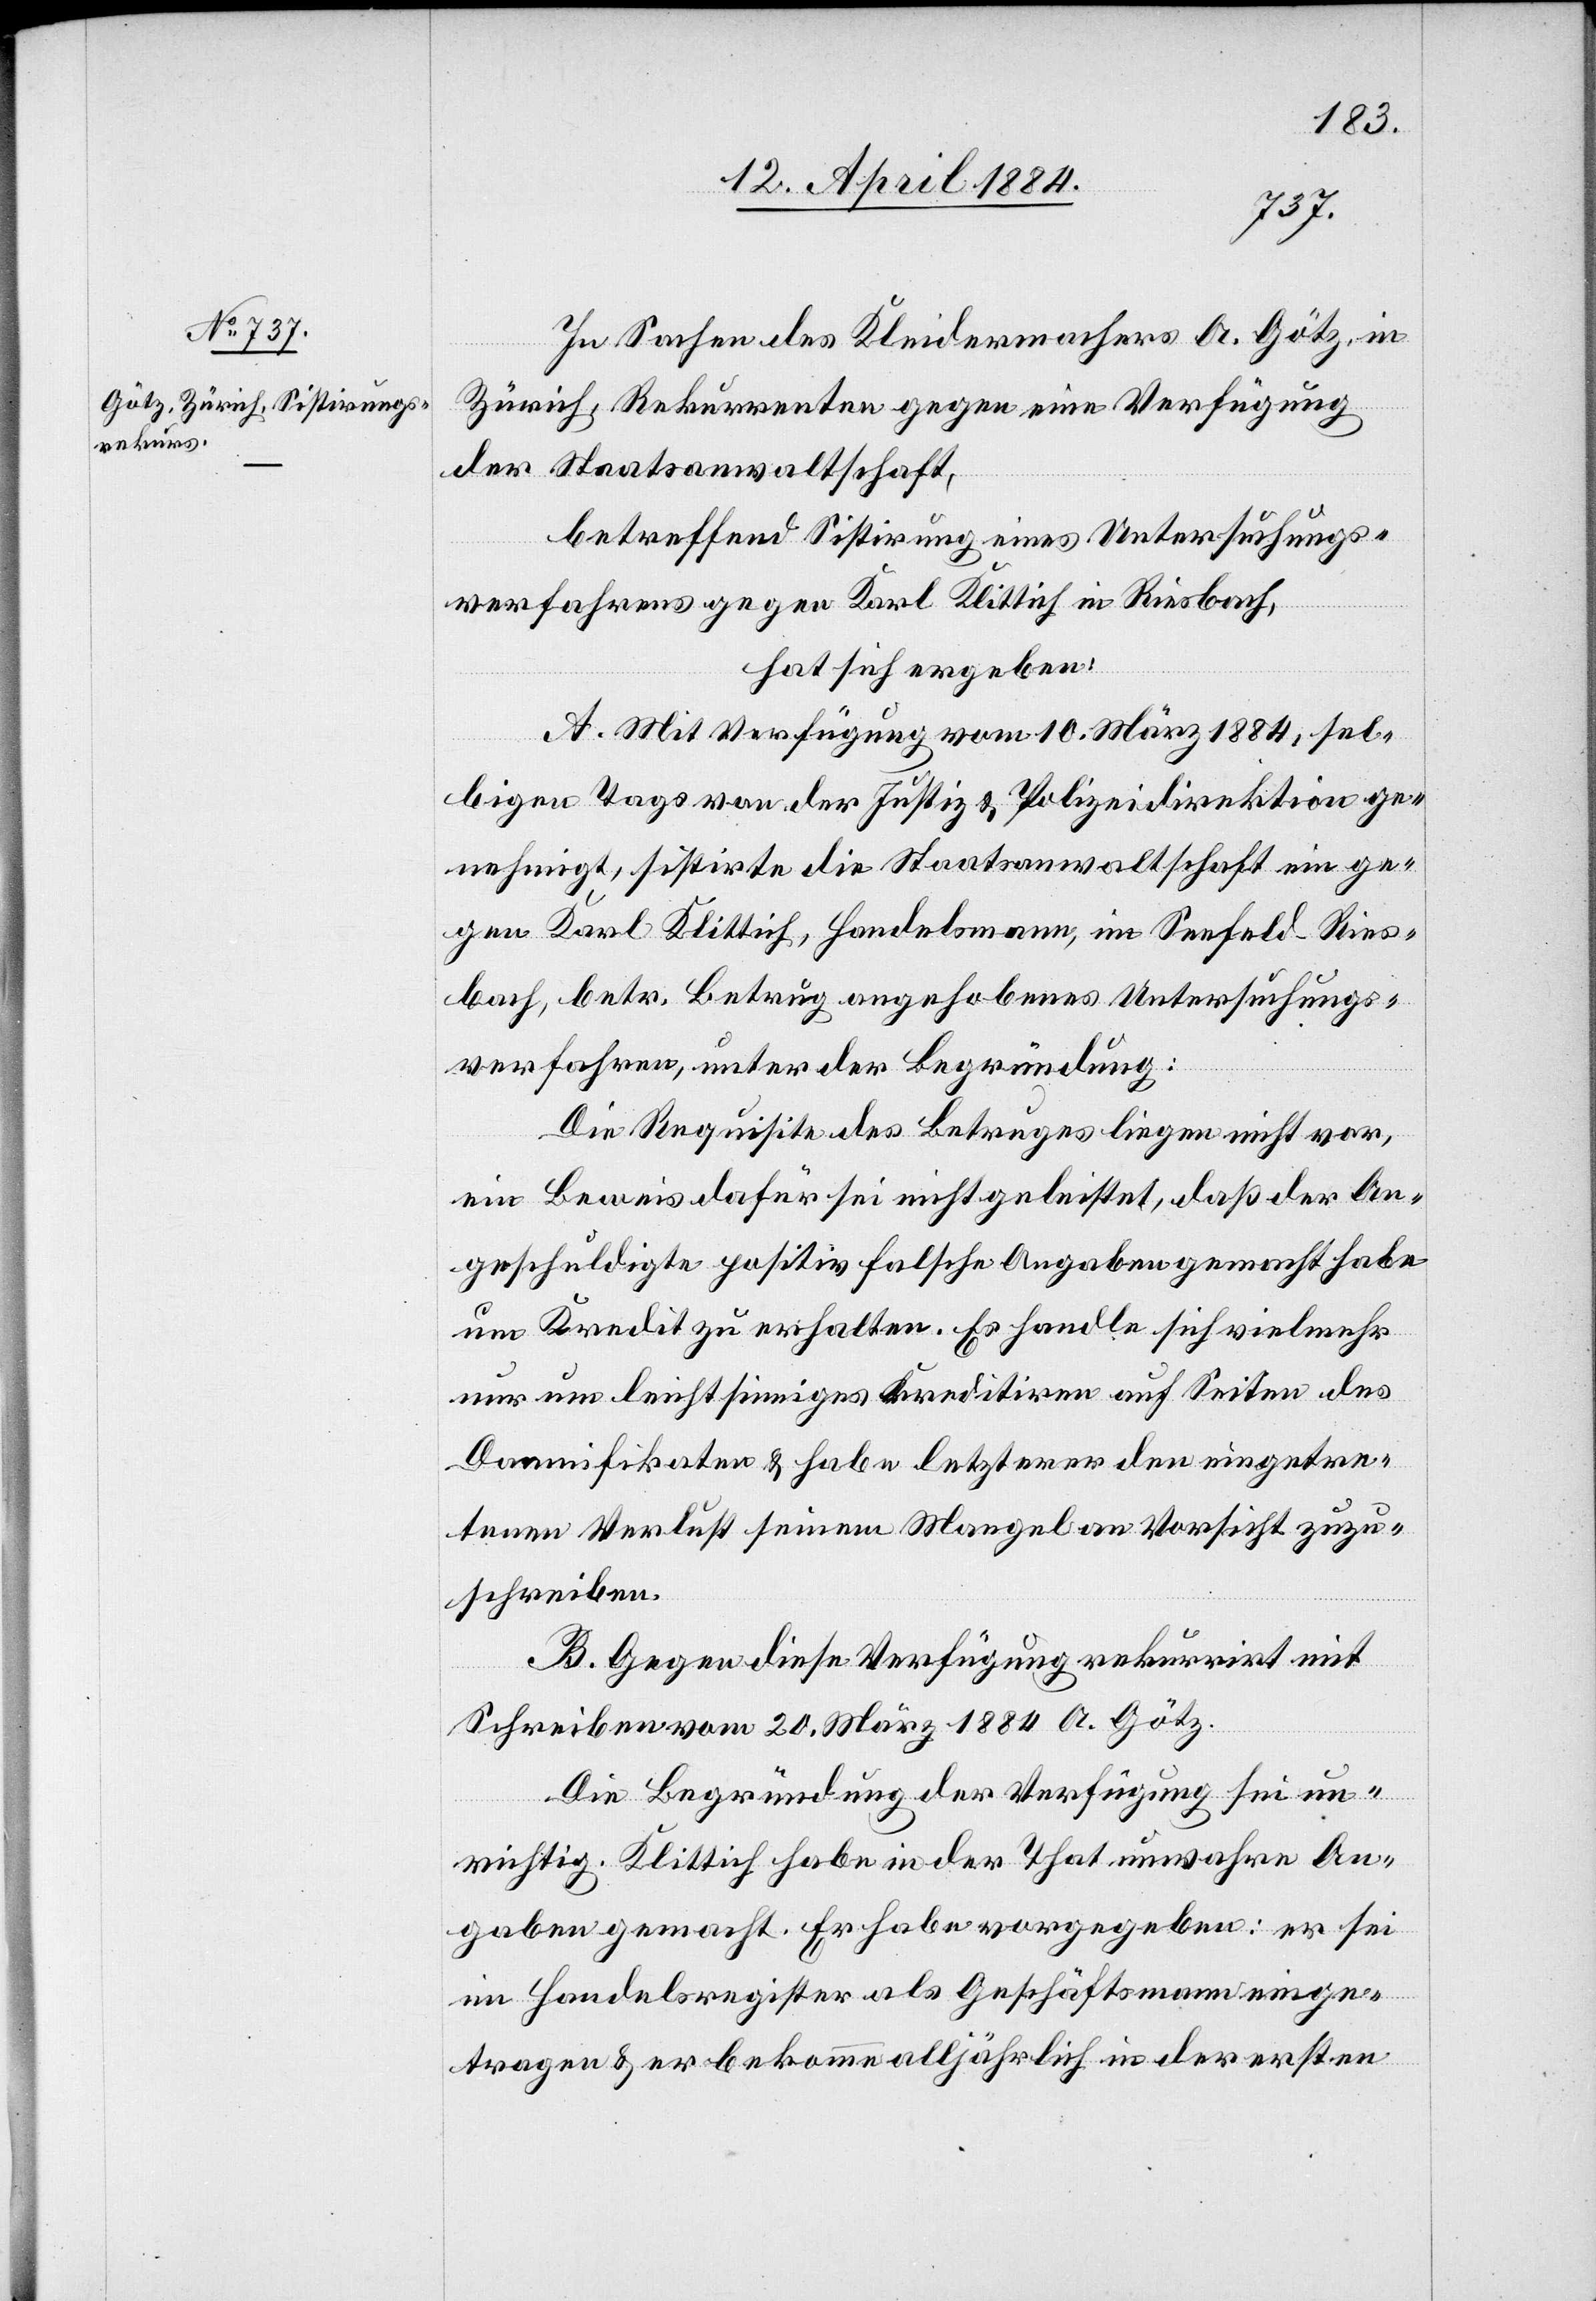
In Sachen des Kleidermachers A. Götz, in
Zürich, Rekurrenten gegen eine Verfügung
der Staatsanwaltschaft,
betreffend Sistirung eines Untersuchungs¬
verfahrens gegen Karl Klittich in Riesbach,
hat sich ergeben:
A. Mit Verfügung vom 10. März 1884, sel¬
bigen Tags von der Justiz[-] & Polizeidirektion ge¬
nehmigt, sistirte die Staatsanwaltschaft ein ge¬
gen Karl Klittich, Handelsmann, im Seefeld - Ries¬
bach, betr. Betrug angehobenes Untersuchungs¬
verfahren, unter der Begründung:
Die Requisiten des Betruges liegen nicht vor,
ein Beweis dafür sei nicht geleistet, daß der An¬
geschuldigte positiv falsche Angaben gemacht habe
um Kredit zu erhalten. Es handle sich vielmehr
nur um leichtsinniges Kreditiren auf Seiten des
Damnifikaten & habe letzterer den eingetre¬
tenen Verlust seinem Mangel an Vorsicht zuzu¬
schreiben.
B. Gegen diese Verfügung rekurrirt mit
Schreiben vom 20. März 1884 A. Götz.
Die Begründung der Verfügung sei un¬
richtig. Klittich habe in der That unwahre An¬
gaben gemacht. Er habe vorgegeben: er sei
im Handelsregister als Geschäftsmann einge¬
tragen & er bekomme alljährlich in der ersten